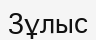
Зұлыс